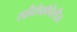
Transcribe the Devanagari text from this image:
स्फ़ीरोकॉर्पेलीज़